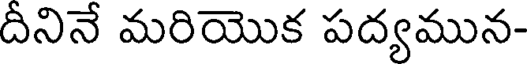
దీనినే మరియొక పద్యమున-